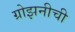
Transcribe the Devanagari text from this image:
ग्रोझनीची